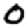
Digit: 0